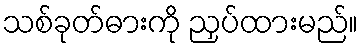
သစ်ခုတ်ဓားကို ညှပ်ထားမည်။